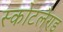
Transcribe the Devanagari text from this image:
स्कोटलैण्ड